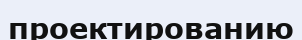
проектированию